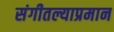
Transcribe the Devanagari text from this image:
संगीतल्याप्रमान